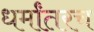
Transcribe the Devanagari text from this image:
धर्मांतरच